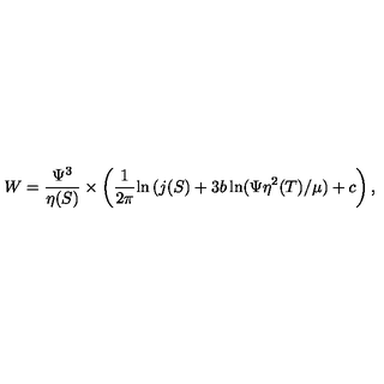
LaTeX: W = \frac { \Psi ^ { 3 } } { \eta ( S ) } \times \left( \frac { 1 } { 2 \pi } { \ln { ( j ( S ) } } + 3 b \ln ( \Psi \eta ^ { 2 } ( T ) / \mu ) + c \right) ,